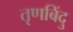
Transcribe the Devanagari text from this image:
तृणबिंदु